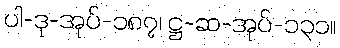
ပါ-ဒု-အုပ်-၁၈၇၊ ဋ္ဌ-ဆ-အုပ်-၁၃၁။